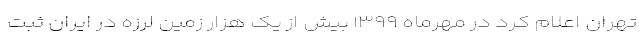
تهران اعلام کرد در مهرماه ۱۳۹۹ بیش از یک هزار زمین لرزه در ایران ثبت